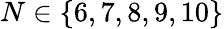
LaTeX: N\in\{ 6,7,8,9,10\}